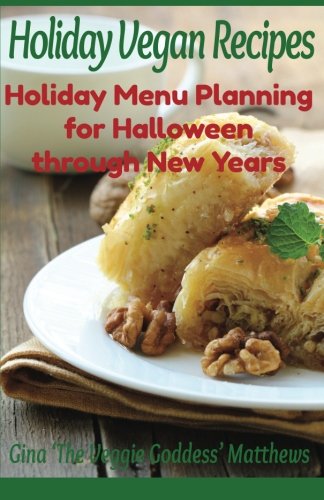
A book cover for Holiday Vegan Recipes: Holiday Menu Planning for Halloween through New Years: Special Occasions - Holidays - Natural Foods; Gina 'The Veggie Goddess' Matthews; Cookbooks, Food & Wine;